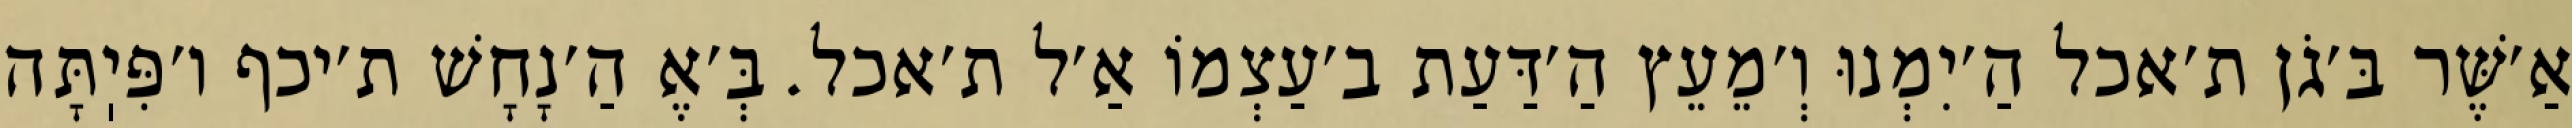
אַ׳שֶּׁר בּ׳גֹן ת׳אכל הַ׳יִמְנוּ וְ׳מֵעֵץ הַ׳דַּעַת ב׳עַצְמוֹ אַ׳ל ת׳אכל. בְּ׳אֶ הַ׳נָחָשׁ ת׳יכף ו׳פִּיֽתָּה